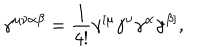
LaTeX: \gamma ^ { \mu \nu \alpha \beta } = \frac { 1 } { 4 ! } \gamma ^ { [ \mu } \gamma ^ { \nu } \gamma ^ { \alpha } \gamma ^ { \beta ] } ,